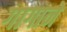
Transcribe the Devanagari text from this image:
गागाने